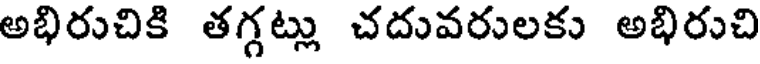
అభిరుచికి తగ్గట్లు చదువరులకు అభిరుచి